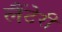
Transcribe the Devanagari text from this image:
लैंटेरी